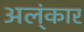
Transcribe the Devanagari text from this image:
अल्ंकार